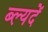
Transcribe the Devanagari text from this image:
ब्ल्यदें